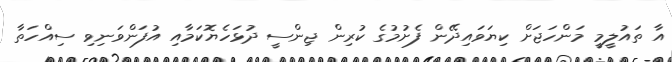
އާ ތައުލީމީ މަންހަޖަށް ކިޔަވައިދޭން ފެށުމުގެ ކުރިން ޖިންސީ ދުޅަހެޔޮކަމާއި އުފަންވަނިވި ސިއްހަތާ